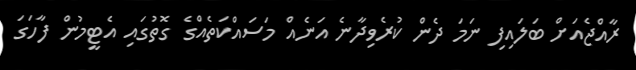
ރާއްޖެއަށް ބަލައިފި ނަމަ ދެން ކުރެވިދާނެ އަނެއް މަސައްކަތެއްގެ ގޮތުގައި އެޓީމުން ފާހަގަ